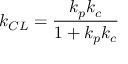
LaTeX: k _ { C L } = { \frac { k _ { p } k _ { c } } { 1 + k _ { p } k _ { c } } }